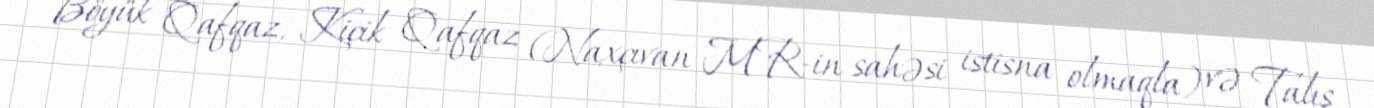
Böyük Qafqaz, Kiçik Qafqaz (Naxçıvan MR-in sahəsi istisna olmaqla) və Talış